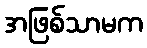
အဖြစ်သာမက